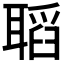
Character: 𦗌